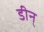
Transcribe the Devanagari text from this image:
डीन्